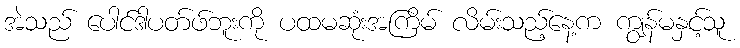
အဲသည် ပေါင်ဒါပတ်ဖ်ဘူးကို ပထမဆုံးအကြိမ် လိမ်းသည့်နေ့က ကျွန်မနှင့်သူ